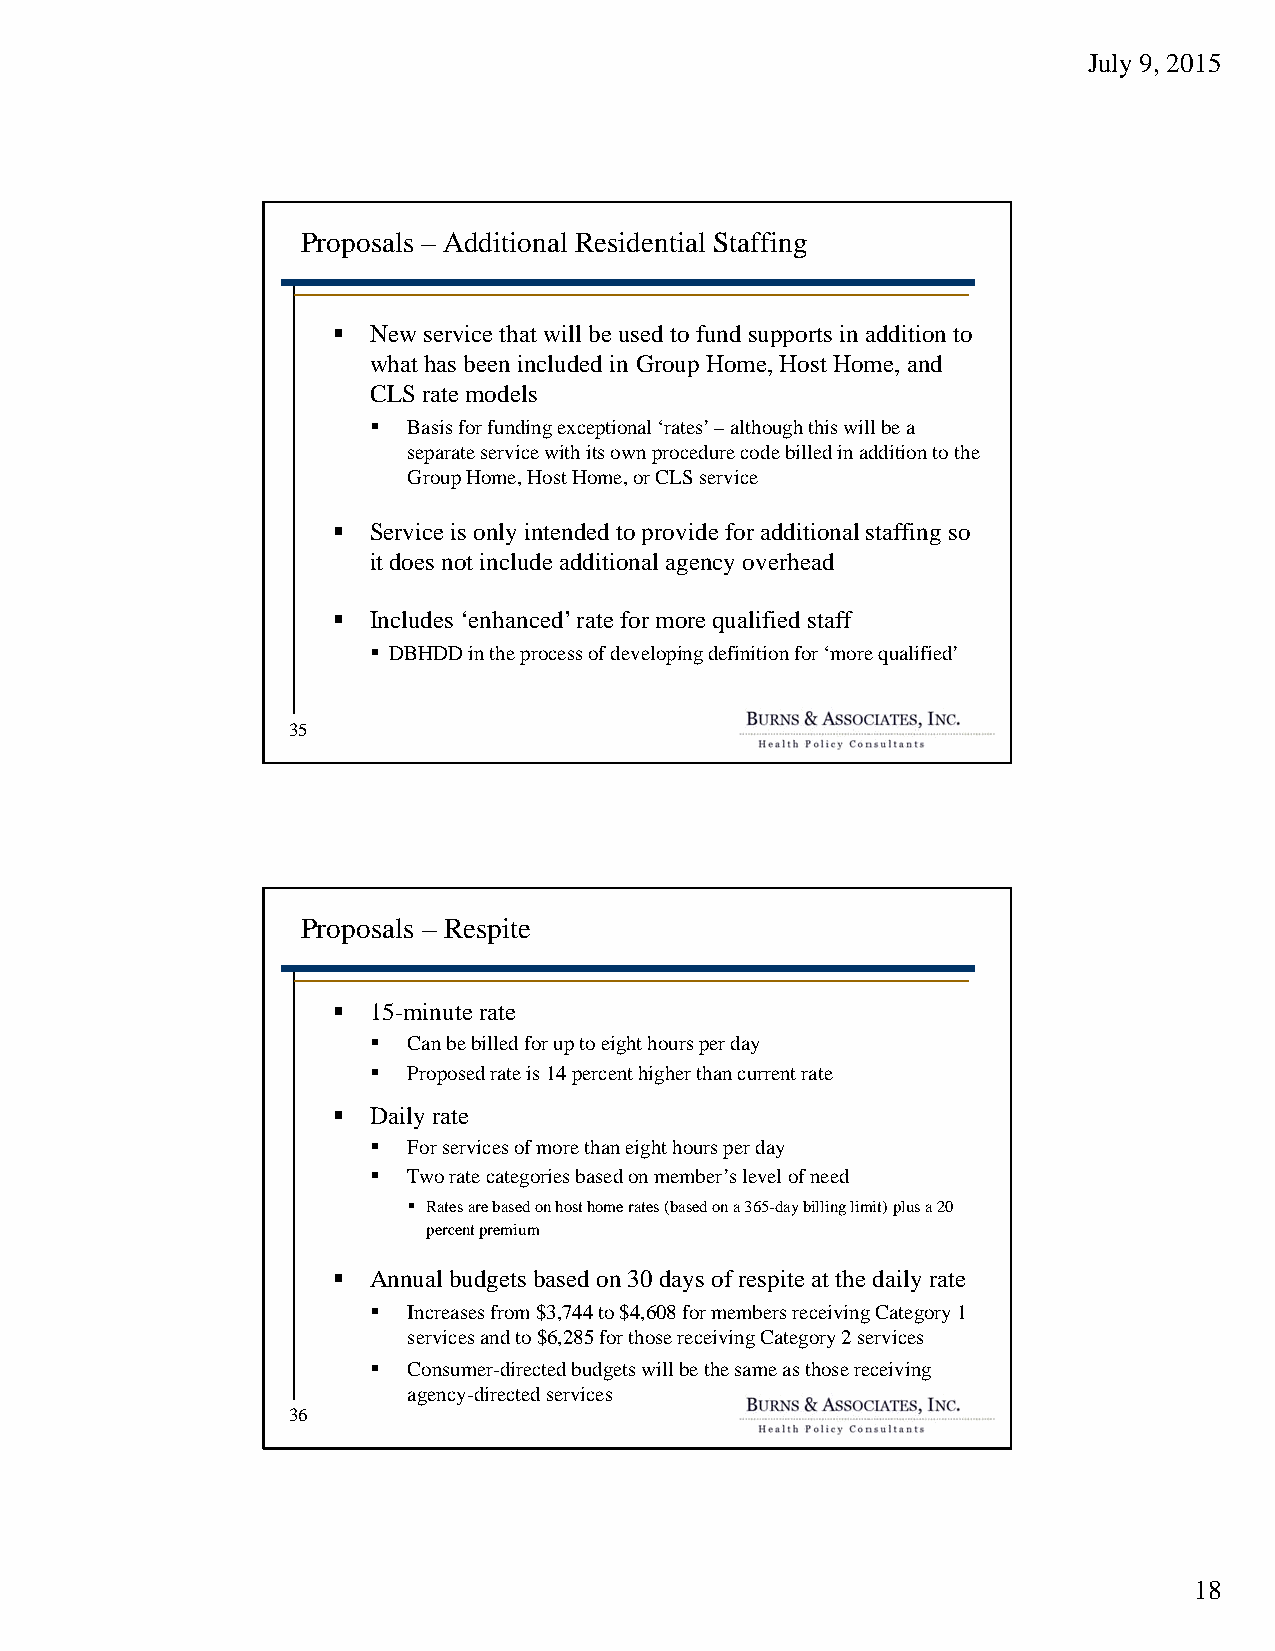
July 9, 2015
 Proposals – Additional Residential Staffing
  New service that will be used to fund supports in addition to
 what has been included in Group Home, Host Home, and
 CLS rate models
   Basis for funding exceptional ‘rates’ –although this will be a
 separate service with its own procedure code billed in addition to the
 Group Home, Host Home, or CLS service
  Service is only intended to provide for additional staffing so
 it does not include additional agency overhead
  Includes ‘enhanced’ rate for more qualified staff
  DBHDD in the process of developing definition for ‘more qualified’
 35
 Proposals – Respite
  15-minute rate
   Can be billed for up to eight hours per day
   Proposed rate is 14 percent higher than current rate
  Daily rate
   For services of more than eight hours per day
   Two rate categories based on member’s level of need
  Rates are based on host home rates (based on a 365-day billing limit) plus a 20
 percent premium
  Annual budgets based on 30 days of respite at the daily rate
   Increases from $3,744 to $4,608 for members receiving Category 1
 services and to $6,285 for those receiving Category 2 services
   Consumer-directed budgets will be the same as those receiving
 agency-directed services
 36
 18